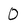
Character: 0